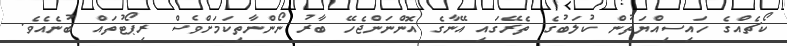
ކޯޗެއްގެ ހައިސިއްޔަތުން ކުލަބުގެ ތެރޭގައި އޭނާގެ އޮންނަންޖެހޭ ބާރު ނޯންނާތިކަމަށްވެސް ރިޕޯޓުތައް ބުނެއެވެ.